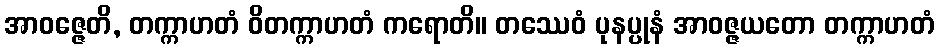
အာဝဇ္ဇေတိ, တက္ကာဟတံ ဝိတက္ကာဟတံ ကရောတိ။ တဿေဝံ ပုနပ္ပုနံ အာဝဇ္ဇယတော တက္ကာဟတံ